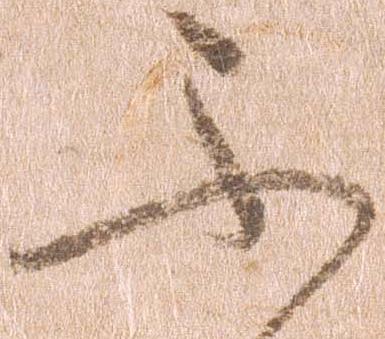
不